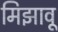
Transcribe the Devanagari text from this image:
मिझावू